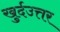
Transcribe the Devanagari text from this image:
खुर्दउत्तर